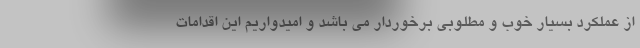
از عملکرد بسیار خوب و مطلوبی برخوردار می باشد و امیدواریم این اقدامات